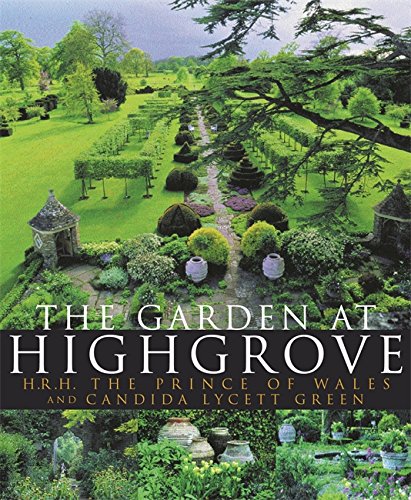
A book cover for The Garden at Highgrove; HRH The Prince of Wales; Crafts, Hobbies & Home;